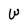
Character: W